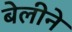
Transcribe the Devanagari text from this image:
बेलीने